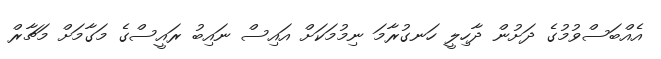
އެއްބަސްވުމުގެ ދަށުން ދާހިލީ ހަނގުރާމަ ނިމުމަކަށް އައިސް ނައިބު ރައީސްގެ މަގާމަށް މަޗާރް